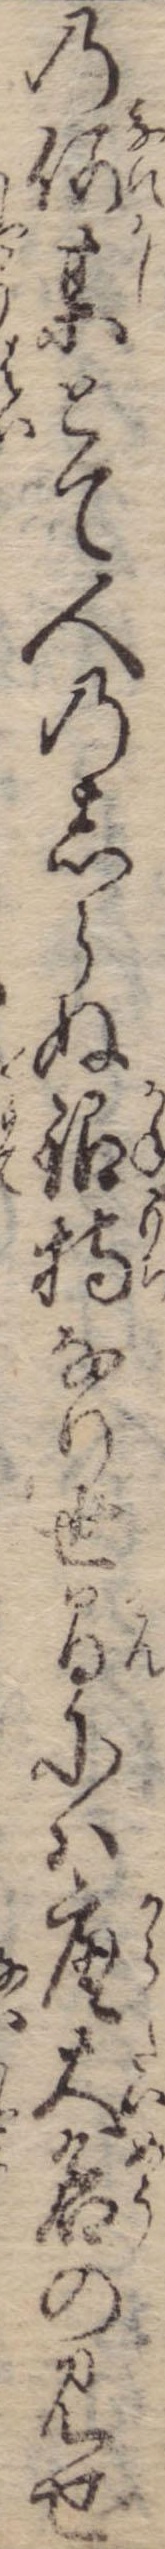
の何某とて人のしらぬ銀持なり世間には唐大名の見せ